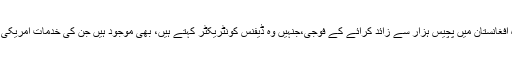
لیکن سرکاری امریکی افواج کے علاوہ افغانستان میں پچیس ہزار سے زائد کرائے کے فوجی،جنہیں وہ ڈیفنس کونٹریکٹر کہتے ہیں، بھی موجود ہیں جن کی خدمات امریکی دفتر دفاع نےکرائے پر لے رکھی ہیں۔